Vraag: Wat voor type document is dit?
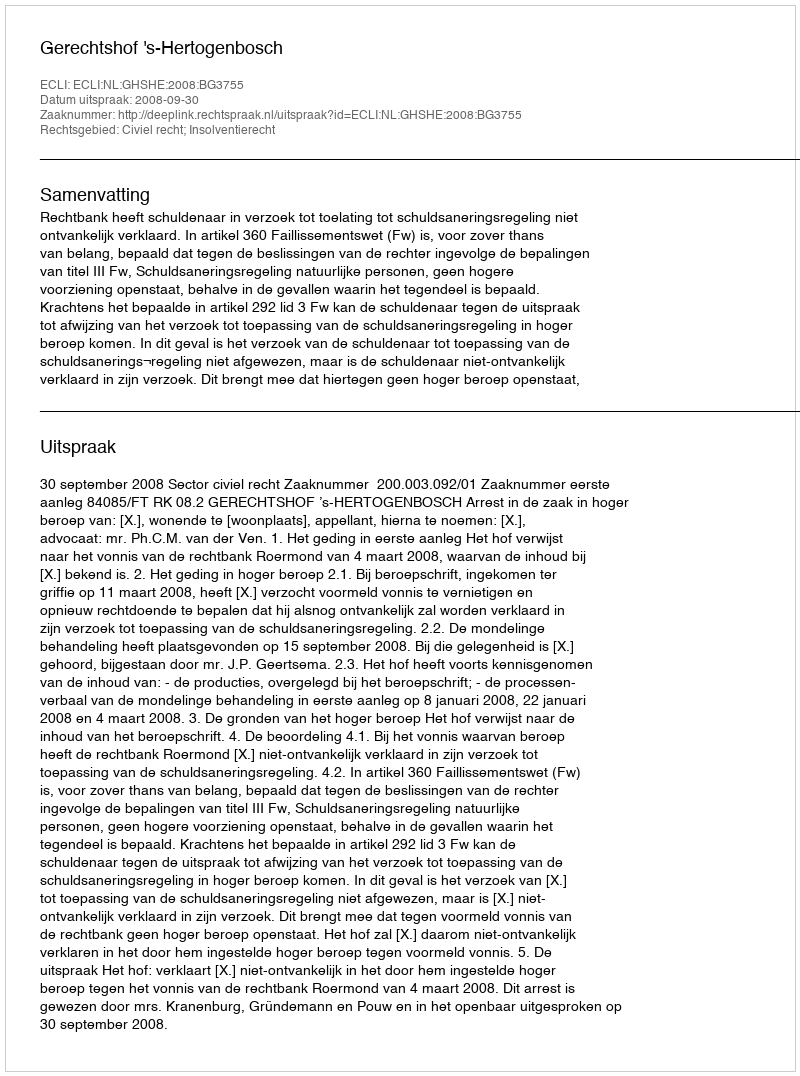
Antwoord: Uitspraak